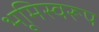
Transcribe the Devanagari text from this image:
भूमिस्वरूप